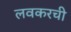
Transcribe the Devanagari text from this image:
लवकरची